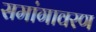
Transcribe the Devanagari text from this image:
समांगावरण